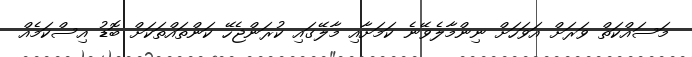
މަސައްކަތް ވަރަށް އަވަހަށް ނިންމާލެވޭނެ ކަމަށާއި މާލޭގައި ކުރަންޖެހޭ ކަންތައްތަކަށް ބޮޑު އިސްކަމެއް